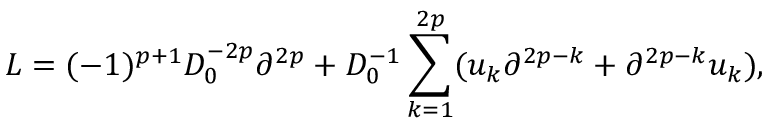
L = ( - 1 ) ^ { p + 1 } D _ { 0 } ^ { - 2 p } \partial ^ { 2 p } + D _ { 0 } ^ { - 1 } \sum _ { k = 1 } ^ { 2 p } ( u _ { k } \partial ^ { 2 p - k } + \partial ^ { 2 p - k } u _ { k } ) ,